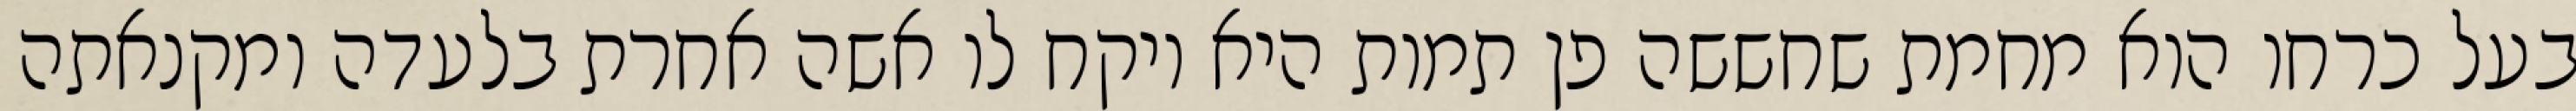
בעל כרחו הוא מחמת שחששה פן תמות היא ויקח לו אשה אחרת בלעדה ומקנאתה